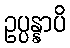
ဥပ္ပန္နာပိ